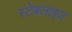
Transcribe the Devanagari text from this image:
स्टेबलाइज